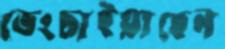
ভেংচাইয়াছেন